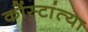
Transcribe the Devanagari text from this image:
कोंस्टांत्या